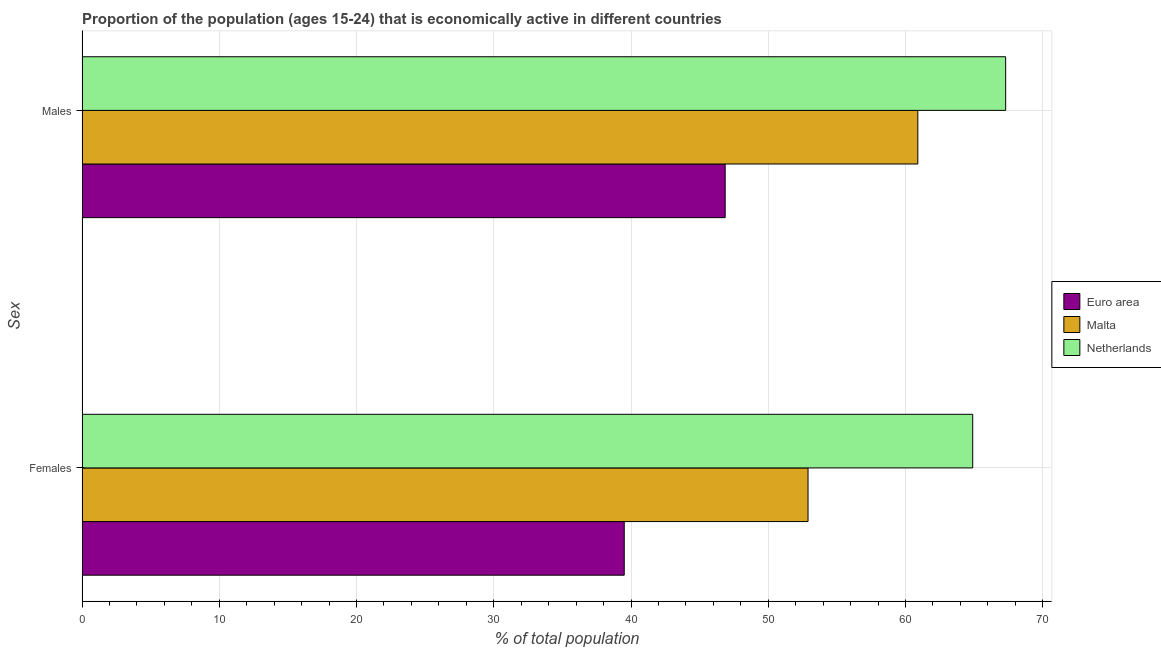
| Sex | Euro area | Malta | Netherlands |
 | --- | --- | --- | --- |
 | Females | 39.5 | 52.9 | 64.9 |
 | Males | 46.9 | 60.9 | 67.3 |